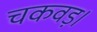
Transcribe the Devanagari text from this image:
चकवड़।